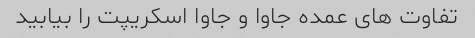
تفاوت های عمده جاوا و جاوا اسکریپت را بیابید